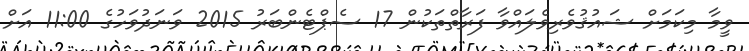
ވީމާ މިކަމަށް ޝައުޤުވެރިވެލައްވާ ފަރާތްތަކުން 17 ސެޕްޓެންބަރު 2015 ވަނަދުވަހުގެ 11:00 އަށް